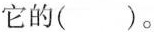
它的 ( )。